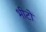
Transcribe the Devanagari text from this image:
भीटों